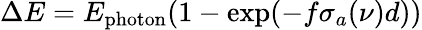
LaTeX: \Delta E=E_{\mathrm{photon}}(1-\exp(-f\sigma_{a}(\nu)d))